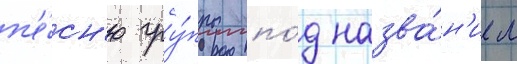
п'е́сн'ю гру́ппы по́д назва́н'ием